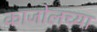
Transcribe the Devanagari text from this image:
काजोलच्या